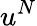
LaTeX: u^{N}